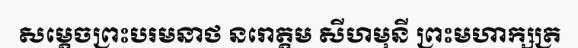
សម្តេចព្រះបរមនាថ នរោត្តម សីហមុនី ព្រះមហាក្សត្រ